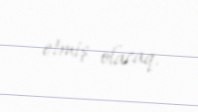
etmiş olacaq.